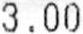
3.00